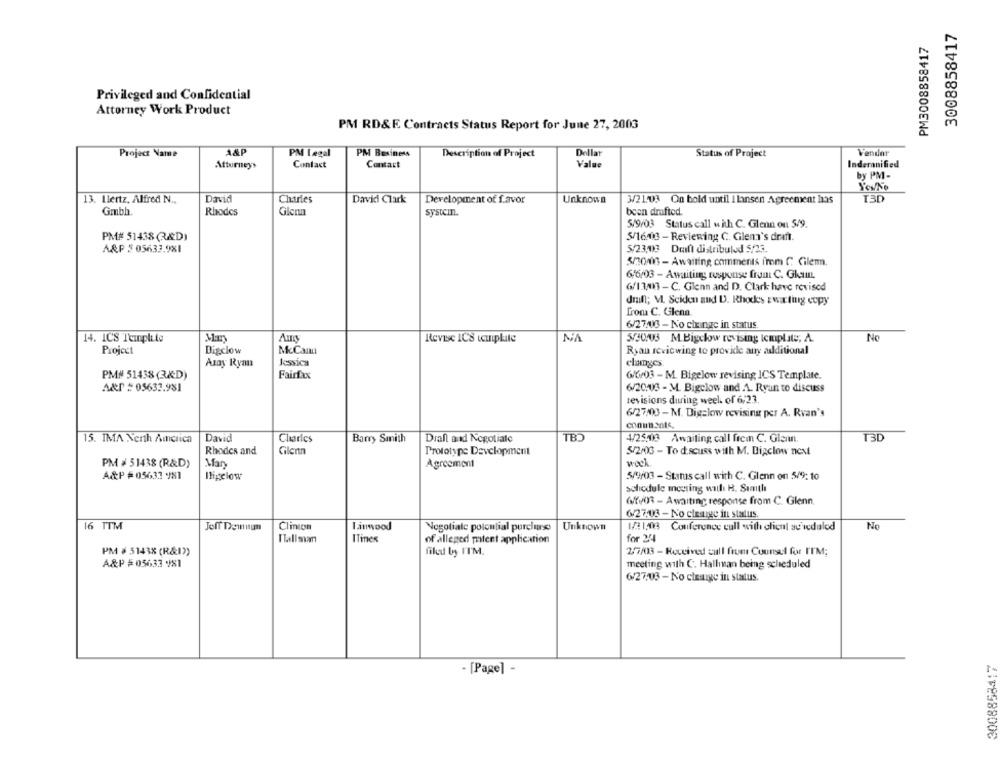
3008858417
PM3008858417
Privileged and Confidential
Attorney Work Product
PM RD&E Contracts Status Report for June 27, 2003
Project Name
A&P
PM Legal
PM Business
Dellat
Vendar
Description of Project
Status of Project
Attorneys
Contact
Contact
Value
Inderanified
by PM-
13. Ilertz, Alfred N .,
David
Charles
Development of favor
I3D
David Clark
Unknown
3/21.03 On bold until I lansen Agreement has
Gmbh
Rhodes
Glenn
Systcin.
been draftod.
5/9/03 Status call with C. Glenn on 5/9.
PM# 51438Q&D)
5/16.03 - Reviewing C. Glem's draft.
A&P 5 05633.981
5/23,03 Drift distribuled 5/23.
5/30/06 - Awaiting comments from C Cilem.
6/6/03 - Awaiting response from C. Ghusm.
6/13/013 - C. Glenn and D. Clark have revised
drall; M. Sciden and D. Rhodes zwarting copy
from C. Glenn.
6/27/03 - No change in status
14. IC'S Templile
Aus
Revise ICS wcuplite
NA
5/30/03 M.Bigelow revising Icmplite, A.
No
Project
Bigclow
McCam
Ryan reviewing to provide any additional
Asay Ryan
Jessica
clamges
PM# 51458(3&D)
Fairfax
6/603 - M. Bigelow revising ICS Template.
A&P = 05633.981
6/20.03 - M. Bigclow and A. Ryan to discuss
revisions during weel. of 6:23.
6/27/03 - M. Digalow revising per A. Rvan's
15. IMA North America
David
Charles
Barry Smith
Drall and Negotiate
TB
4/25.000 Awaiting call from C. Glam.
T3D
Rhodes and
Gilenn
Prototype Development
5/2/03 - To discuss with M. Bigclow next
PM # 51438 (R&D)
Mary
Agreement
wack
A&P =05633 981
Iligelow
5/9/03 - Status call with C. Glenn on 5/9: 10
schodule meeting with H. Samth
6ffv03 - Awaiting response from C. Glenn.
6/27:03 - No clearge in status.
16 TTM
Clinton
Linwood
Unknown
No
Jeff Deinium
Negotiate poloulial porclurss
1/21:08 Conference call with chent so idalod
ITines
of alleged patent application
for 24
PM # 51438 (R&I))
filed by FI'M.
2/7/03 - Received call from Counsel for ITM;
A&P #05633 181
meeting with C. Hallman being scheduled
6/27/03 - No cleaige in status.
[Page] -
LITE58800₺